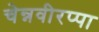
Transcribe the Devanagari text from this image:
चेन्नवीरप्पा